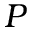
P